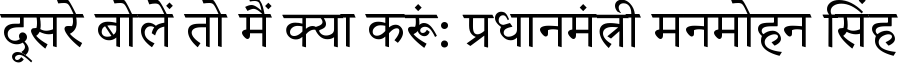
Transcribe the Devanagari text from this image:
दूसरे बोलें तो मैं क्या करूं: प्रधानमंत्री मनमोहन सिंह